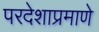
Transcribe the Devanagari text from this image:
परदेशाप्रमाणे